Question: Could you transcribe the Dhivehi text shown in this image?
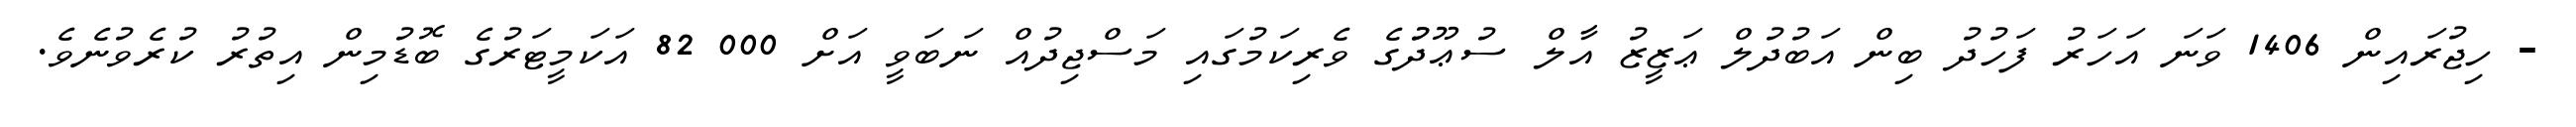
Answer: - ހިޖުރައިން 1406 ވަނަ އަހަރު ފަހުދު ބިން އަބުދުލް ޢަޒީޒު އާލް ސުޢޫދުުގެ ވެރިކަމުގައި މަސްޖިދުއް ނަބަވީ އަށް 000 82 އަކަމީޓަރުގެ ބޮޑުމިން އިތުރު ކުރެވުނެވެ.